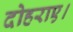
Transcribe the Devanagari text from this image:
दोहराए।